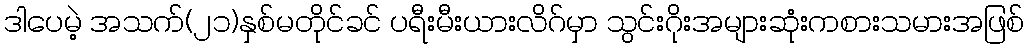
ဒါပေမဲ့ အသက်(၂၁)နှစ်မတိုင်ခင် ပရီးမီးယားလိဂ်မှာ သွင်းဂိုးအများဆုံးကစားသမားအဖြစ်